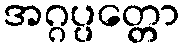
အဂ္ဂပ္ပတ္တော